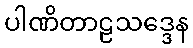
ပါဏိတာဠသဒ္ဒေန